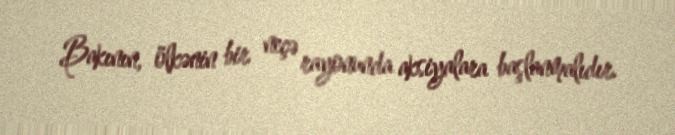
Bakının, ölkənin bir neçə rayonunda aksiyalara başlanmalıdır.